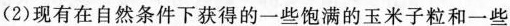
(2)现有在自然条件下获得的一些饱满的玉米子粒和一些